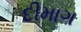
દીમાગ